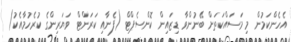
އެހެންކަމުން މި މަސައްކަތަށް ބޭނުންވާ ޑިޒައިން ކޮންސެޕްޓް (ފެނާއި ކަރަންޓް ވަޔަރިންގެ ކުރެހުމާއެކު)